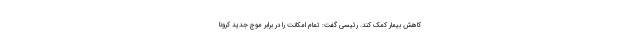
کاهش بیمار کمک کند. رئیسی گفت: تمام امکانت را در برابر موج جدید کرونا